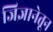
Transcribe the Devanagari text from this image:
जिज्ञानेतून